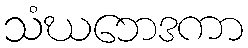
သံဃဘေဒကာ